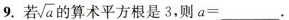
9.若 \sqrt{a} 的算术平方根是3，则$$a = ___$$。